Jaan_Tonisson_(Lasteleht), lk 467
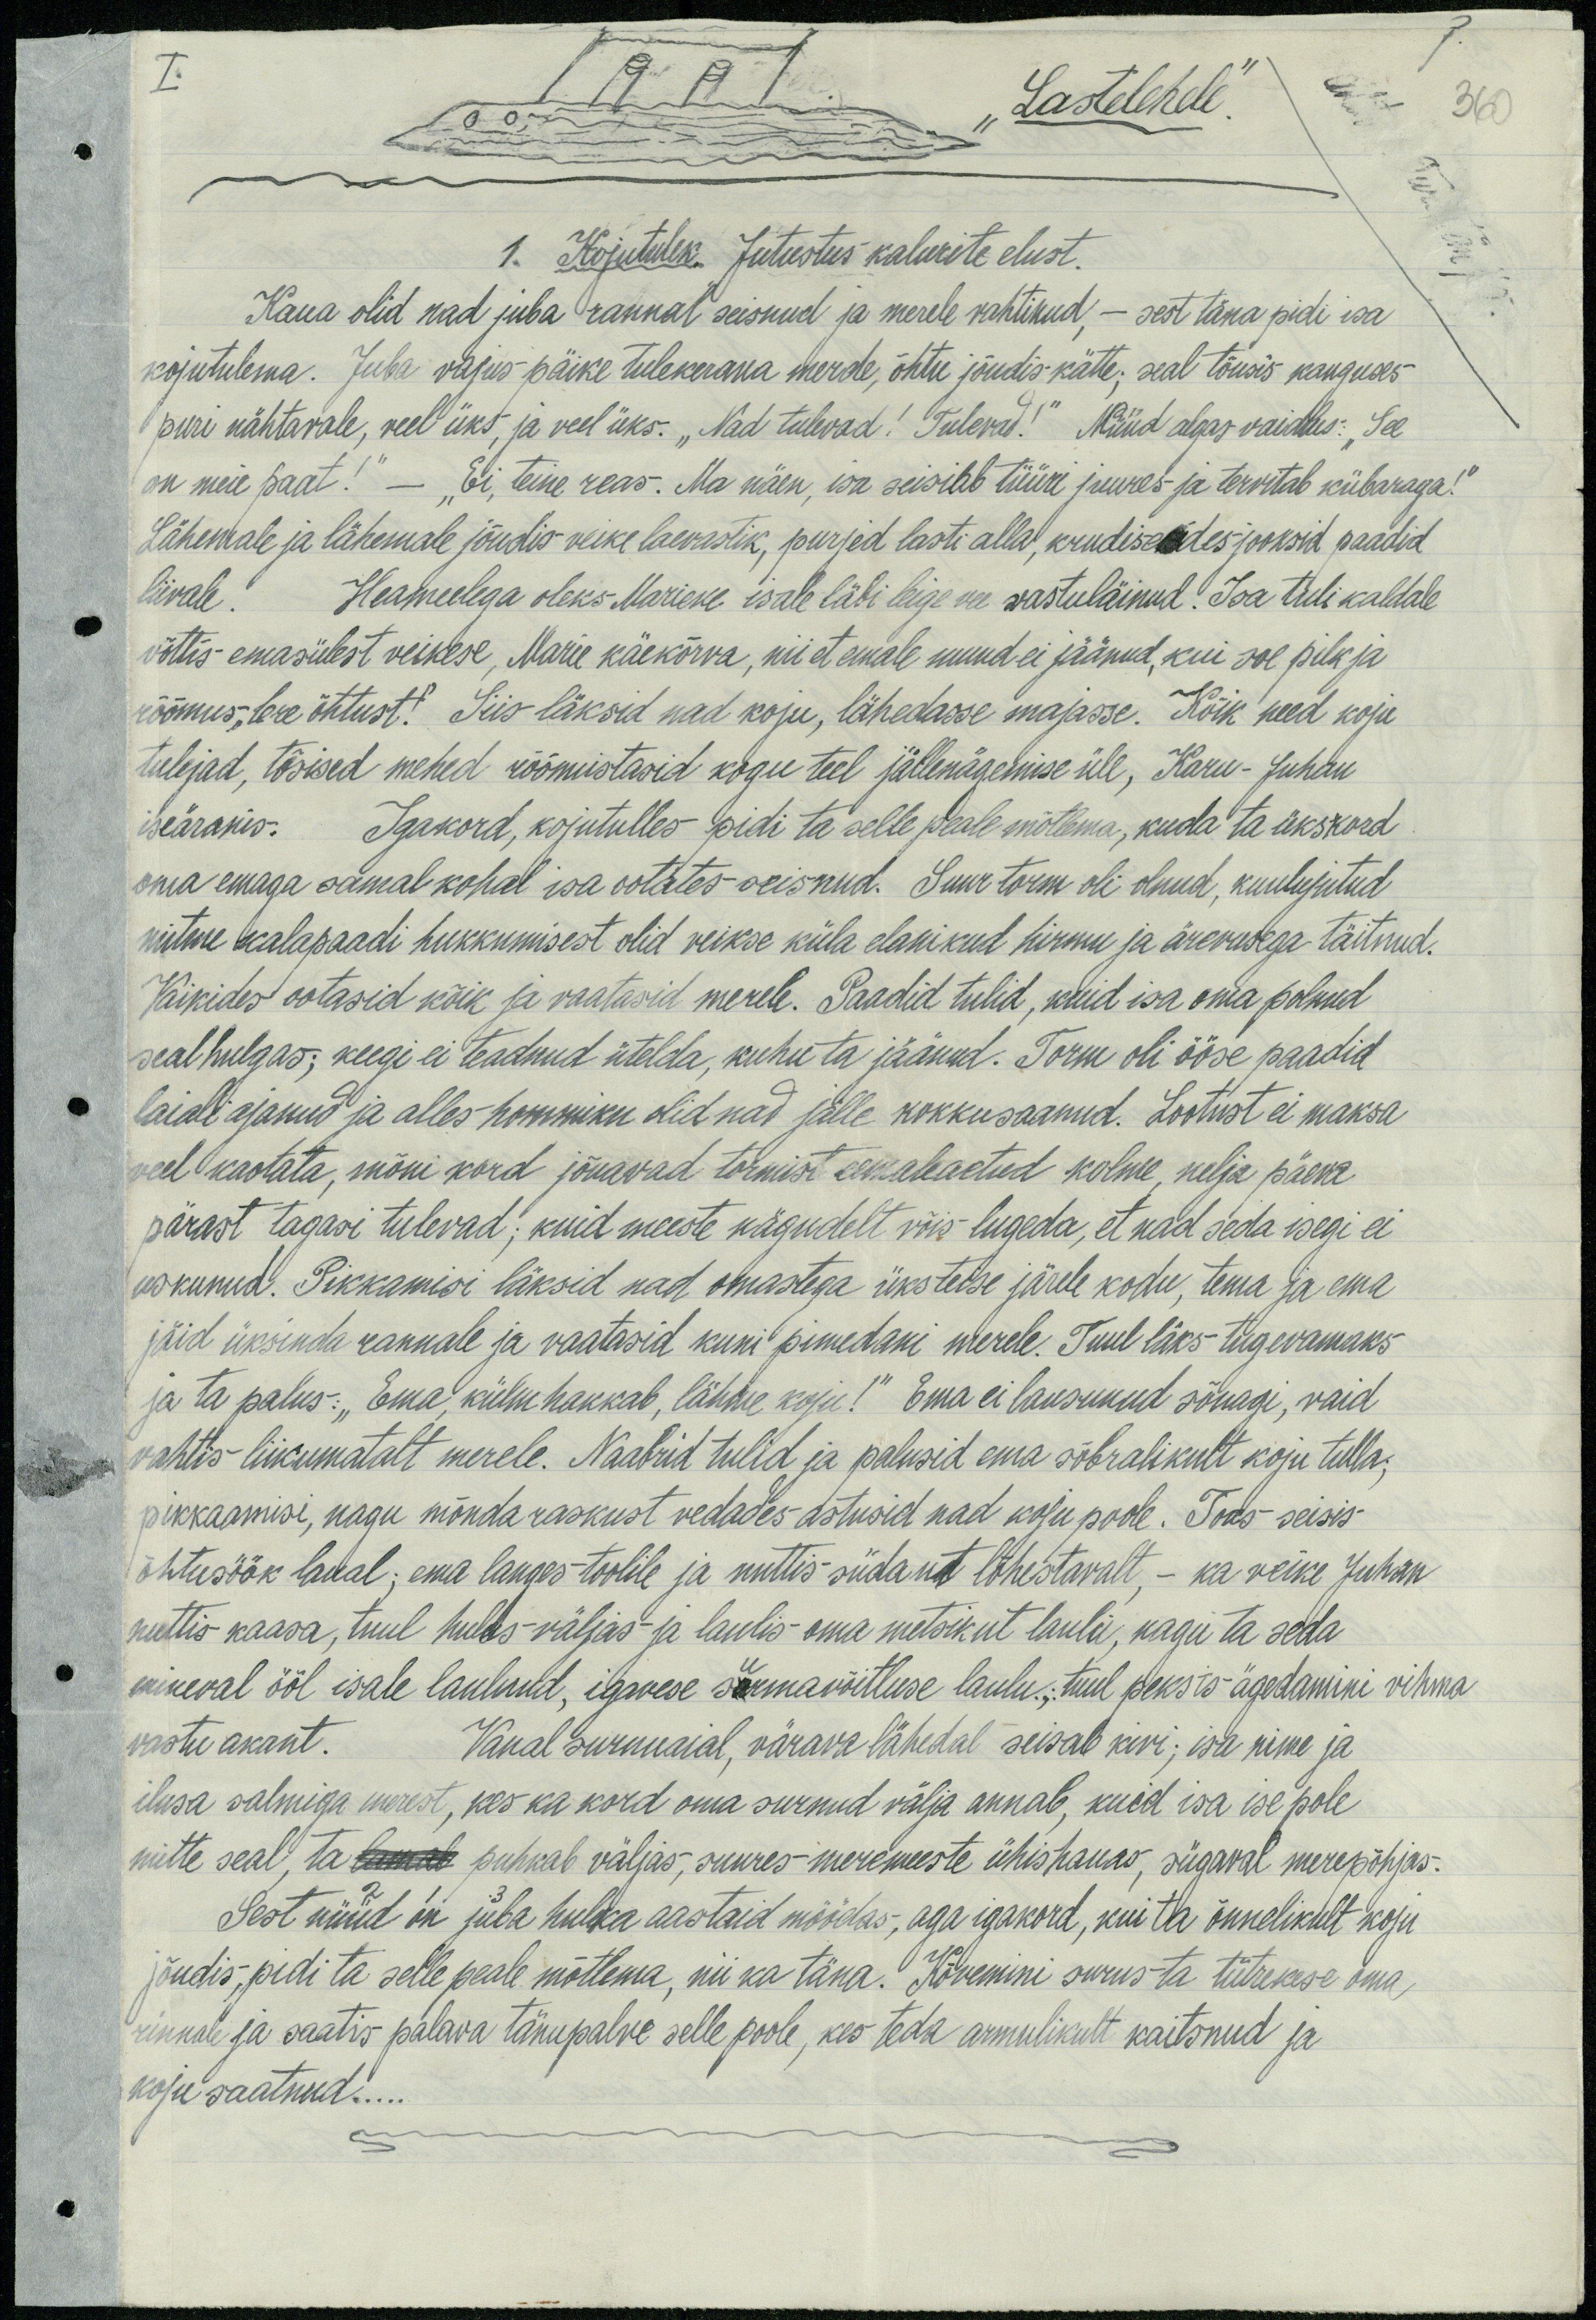
Lastelehele.
I.
360
1. Kojutulek. Jutustus kalurite elust.
Kaua olid nad juba rannal seisnud ja merele vahtinud, - sest täna pidi isa
kojutulema. Juba vajus päike tulekerana merde, õhtu jõudis kätte; seal tõusis kauguses
puri nähtavale, veel üks, ja veel üks. "Nad tulevad! Tuleva!" Nüüd algas vaidlus: "See
on meie paat!" - "Ei, teine reas. Ma näen, isa seisib tüür juures ja tervitab kübaraga."
lähemale ja lähemale jõudis veike laevastik, purjed lasti alla, krudisedes jooksid paadid
liivale. Haameelega oleks Marieke isale läbi leige vee vastuläinud! Isa tuli kaldale
võttis emasülest veikese, Marie käekõrva, nii et emale muud ei jäänud, kui soe pilk ja
rõõmus, tere õhtust! Siis läksid nad koju, lähedasse majasse. Kõik need koju
tulejad, tõsised mehed rõõmustasid kogu teel jällenägemise üle, Karu - Juhan
iseäranis. Igakord, kojutulles pidi ta selle peale mõtema, kuda ta ükskord
oma emaga samal kohal isa ootates seisnud. Suur torm oli olnud, kuulujutud
mitme kalapaadi hukkumisest olid veikse küla elanikud hirmu ja ärewusega täitnud.
Vaikides ootasid kõik ja vaatasid merele. Paadid tulid, kuid isa oma polnud
seal hulgas; keegi ei teadnud ütelda, kuhu ta jäänud. Torm oli ööse paadid
laiali ajanud ja alles hommiku olid nad jälle kokkusaanud. Lootust ei maksa
veel kaotata, mõni kord jõuavad tormist eemaleaetud kolme, nelja päeva
pärast tagasi tulevad; kuid meeste kägudelt võis lugeda, et nad seda isegi ei
uskunud. Pikkamisi läksid nad omastega üksteise järele kodu, tema ja ema
jäid üksinda rannale ja vaatasid kuni pimedani merele. Tuul läks tugevamaks
ja ta palus: "Ema, külm hakkab, lähme koju!" Ema ei lausunud sõnagi, vaid
vahtis liikumatalt merele. Naabrid tulid ja palusid ema sõbralikult koju tulla,
pikkaamisi, nagu mõnda raskust vedades astusid nad koju poole. Toas seisis
õhtusöök laual; ema langes toolile ja nuttis südant lõhestavalt, - ka veike Juhan
nuttis kaasa, tuul hulus väljas ja laulis oma metsikut laulu, nagu ta seda
mineval ööl isale laulnud, igavese surmavõitluse laulu. tuul, peksis-agedamini vihma
vastu akant. Vana surnuaial, värava lähedal seisab kiri; isa nime ja
ilusa salmiga merest, kes ka kord oma surnud välja annab, kuid isa ise pole
mitte seal, ta lauale puhkab väljas, suures meremeeste ühishauas, sügaval merepõhjas.
Sest nüüd on juba hulka aastaid möödas, aga igakord, kui ta õnnelikult koju
jõudis, pidi ta selle peale mõtlema, nii ka täna. Kõvemini surus ta tütrekese oma,
rinnale ja saatis palava tänupalve selle poole, kes teda armulikult kaitsnud ja
koju saatnud...